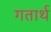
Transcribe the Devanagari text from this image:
गतार्थ